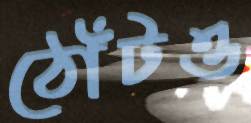
ঠোঁটও